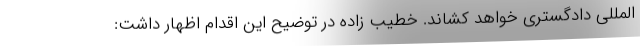
المللی دادگستری خواهد کشاند. خطیب زاده در توضیح این اقدام اظهار داشت: